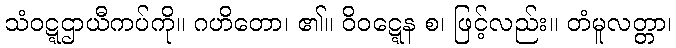
သံဝဋ္ဋဌာယီကပ်ကို။ ဂဟိတော၊ ၏။ ဝိဝဋ္ဋေန စ၊ ဖြင့်လည်း။ တံမူလတ္တာ၊